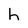
Character: h